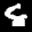
Label: 8